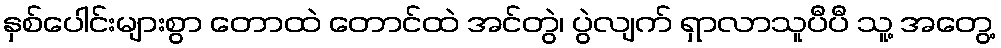
နှစ်ပေါင်းများစွာ တောထဲ တောင်ထဲ အင်တွဲ၊ ပွဲလျက် ရှာလာသူပီပီ သူ့ အတွေ့